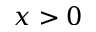
x > 0